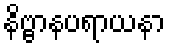
နိဗ္ဗာနပရာယနာ